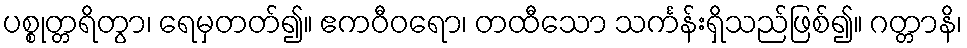
ပစ္စုတ္တရိတွာ၊ ရေမှတတ်၍။ ဧကဝီဝရော၊ တထီသော သင်္ကန်းရှိသည်ဖြစ်၍။ ဂတ္တာနိ၊